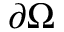
\partial \Omega